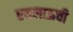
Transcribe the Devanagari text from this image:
एयलाऊची